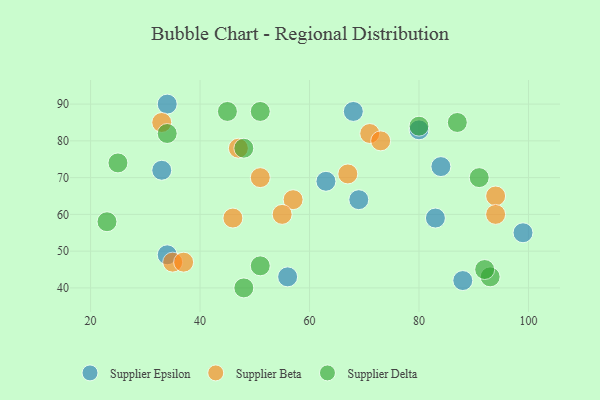
{"axis": {"x": "GDP", "y": "Life Expectancy"}, "legend": ["Supplier Beta", "Supplier Delta", "Supplier Epsilon"], "data": [{"x": "34", "y": 49, "type": "Supplier Epsilon"}, {"x": "83", "y": 59, "type": "Supplier Epsilon"}, {"x": "56", "y": 43, "type": "Supplier Epsilon"}, {"x": "84", "y": 73, "type": "Supplier Epsilon"}, {"x": "33", "y": 72, "type": "Supplier Epsilon"}, {"x": "68", "y": 88, "type": "Supplier Epsilon"}, {"x": "34", "y": 90, "type": "Supplier Epsilon"}, {"x": "99", "y": 55, "type": "Supplier Epsilon"}, {"x": "80", "y": 83, "type": "Supplier Epsilon"}, {"x": "69", "y": 64, "type": "Supplier Epsilon"}, {"x": "63", "y": 69, "type": "Supplier Epsilon"}, {"x": "88", "y": 42, "type": "Supplier Epsilon"}, {"x": "35", "y": 47, "type": "Supplier Beta"}, {"x": "94", "y": 65, "type": "Supplier Beta"}, {"x": "94", "y": 60, "type": "Supplier Beta"}, {"x": "57", "y": 64, "type": "Supplier Beta"}, {"x": "71", "y": 82, "type": "Supplier Beta"}, {"x": "55", "y": 60, "type": "Supplier Beta"}, {"x": "73", "y": 80, "type": "Supplier Beta"}, {"x": "37", "y": 47, "type": "Supplier Beta"}, {"x": "33", "y": 85, "type": "Supplier Beta"}, {"x": "51", "y": 70, "type": "Supplier Beta"}, {"x": "46", "y": 59, "type": "Supplier Beta"}, {"x": "67", "y": 71, "type": "Supplier Beta"}, {"x": "47", "y": 78, "type": "Supplier Beta"}, {"x": "34", "y": 82, "type": "Supplier Delta"}, {"x": "48", "y": 78, "type": "Supplier Delta"}, {"x": "51", "y": 88, "type": "Supplier Delta"}, {"x": "23", "y": 58, "type": "Supplier Delta"}, {"x": "80", "y": 84, "type": "Supplier Delta"}, {"x": "93", "y": 43, "type": "Supplier Delta"}, {"x": "48", "y": 40, "type": "Supplier Delta"}, {"x": "87", "y": 85, "type": "Supplier Delta"}, {"x": "92", "y": 45, "type": "Supplier Delta"}, {"x": "25", "y": 74, "type": "Supplier Delta"}, {"x": "91", "y": 70, "type": "Supplier Delta"}, {"x": "51", "y": 46, "type": "Supplier Delta"}, {"x": "45", "y": 88, "type": "Supplier Delta"}]}